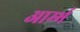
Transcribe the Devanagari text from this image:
आर्म्भ